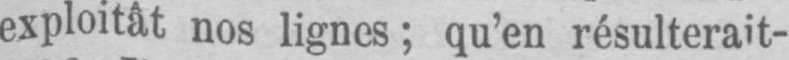
qu’en résulterait-